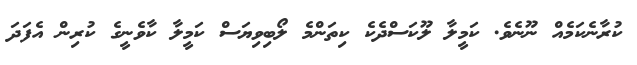
ކުރާނެކަމެއް ނޫނެވެ. ކަމީލާ ލޫކަސްދެކެ ކިތަންމެ ލޯބިވިޔަސް ކަމީލާ ކާވެނީގެ ކުރިން އެފަދަ